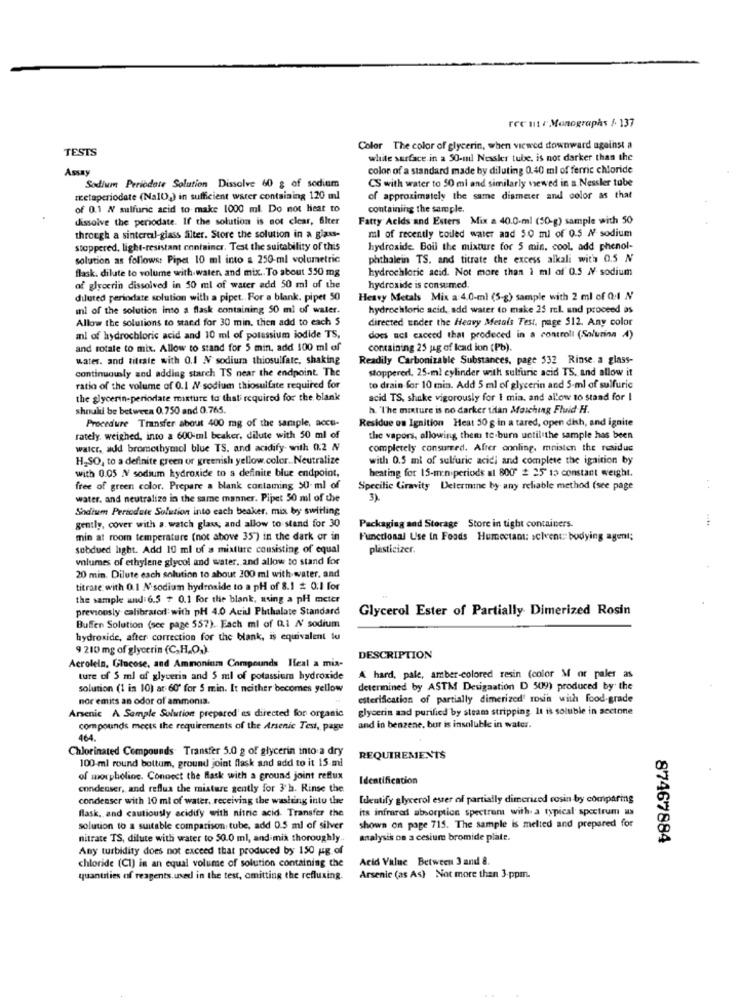
ree ut r Monographs / 137
TESTS
Color The color of glycerin, when viewed downward against a
white surface in a 50-mil Nessler tube, is not darker than the
Amay
colon of a standard made by diluting 0.40 ml of ferric chloride
CS with water to 50 ml and similarly wsewed in a Nessler tube
Sodium Periodate Solution Dissolve 60 g of sodium
metaperiodate (NaIO,) in sufficient water containing 120 ml
of approximately the same diameter and color as that
of 0.1 W sulfuric acid to make 1000 ml. Do not heat to
containing the sample.
dissolve the periodate. If the solution is not clear, filter
Fatty Acids and Esters Mix a 40.0-ml (50-g) sample with 50
through a sinterel-glass filter. Store the solution in a glass-
ml of recently coiled water and 5.0 ml of 0.5 / sodium
stoppered, light-resistant container. Test the suitability of this
hydroxide. Boul the mixture for 5 min. cool, add phenol-
solution as follows: Pipet 10 ml into a 250-ml volumetric
phthalein TS. and titrate the excess alkali with 0.5 N
flask. dilute to volume with water and mix .. To about 550 mg
hydrochloric acid. Not more than i ml of 0.5 MV sodium
af glycerin dissolved in 50 ml of water add 50 ml of the
hydroxide is consumed.
diluted perindate solution with a pipet. For a blank. pipet 50
Heavy Metals Mix a 4.0-ml (5-g) sample with 2 ml of Q.1 N
ml of the solution into a flask containing 50 ml of water.
hydrochloric acid, add water to make 25 r.l. and proceed as
Allow the solutions to stand for 30 min, then add to each $
directed under the Heavy Metals Test, page 512. Any color
ml of hydrochloric acid and 10 ml of potassium iodide TS,
does acl caceed that prodeced in a controll (Solurina A)
and totale to mix. Allow to stand for 5 min, add 100 ml of
containing 25 jag of Icad ion (Pb).
water. and titrate with 0.1 N sodium thiosulfate, shaking
Readily Carbonizable Substances, page 532 Rinse. a glass-
continuously and adding starch TS near the endpoint. The
stoppered. 25-ml cylinder with sulfuric acid TS, and allow it
ratio of the volume of 0.1 / sodium thiosulfate required for
to drain for 10 min. Add 5 ml of glycerin and 5-ml of sulfuric
the glycerin-periodate mixture to that required for the blank
acid TS, shake vigorously for 1 mia, and allow to stand for I
should be between 0.750 and 0.765.
h. The mixture is no darker titan Masching Fluid H.
Residue on Ignition Heat 50 g in a tared, open dish, and ignite
Procedure Transfer about 400 mg of the sample, accu-
rately, weighed, into a 600-ml beaker, dilute with 50 ml of
the vapors, allowing them to burn until the sample has been
walcr, add bromethymol blue TS. and acidify- with 0.2 N
completely consumed. After cooling, mnisten the residus
H.SO, to a definite green or greenish yellow.color .. Neutralize
with 0.5 ml of sulfuric acidi and complete the ignition by
heating for 15-men periods al 800" # 25" 15 constant weight.
with 0.05 NV sodium hydroxide to a definite blue endpoint,
free of green color. Prepare a blank contaming 50- ml of
Specific Gravity Determine by any reliable method (see page
. .
water, and neutralize in the same manner. Pipet 50 ml of the
3)
Sodium Periodate Solution into each beaker, mix by swirling
gently, cover with a. watch glass, and allow to stand for 30
....
Packaging and Storage Store in tight containers.
min at room temperature (not above 35) in the dark or in
Functional Use in Foods Humectant: selvens: bodying agent;
subdued light. Add 10 ml of a mixture consisting of equal
plasticizer.
volumes of ethylene glycol and water, and allow to stand for
20 min. Dilute each solution to about 200 ml with water, and
titrate with 0.1 N'sodium hydroxide to a pH of 8.1 # 0.1 for
the sample and 6.5 + 0.1 For the blank, using a pH meter
previously calibrated: with pH 4.0 Acid Phthalate Standard
Glycerol Ester of Partially Dimerized Rosin
Buffer Solution (see page 557). Each ml of 0.1 / sodium
hydroxide, after correction for the blank, is equivalent to
9 210 mg of glycerin (C.H.O.).
Acrolela, Glucose, and Ammonium Compounds Heal a mia-
DESCRIPTION
ture of 5 ml of glycerin and 5 ml of potassium hydroxide
A hard, pale, amber-colored resin (color M or paler as
solution (1 in 10) at 60' for 5 min. It neither becomes yellow
determined by ASTM Desigaation D 509) produced by the
nor emits an odor of ammonia.
esterification of partially dimerized' rosin with food-grade
Arsenic A Sample Solution prepared' es directed for organic
glycerin aad purified by steam stripping. It is soluble in sectone
compounds meets the requirements of the Arsenic Test, page
and in benzene, bor is insoluble in water.
464.
Chlorinated Compounds Transfer 5.0 g of glycerin into a dry
100 ml round bottum, ground joint flask and add to it 15 mi
REQUIREMENTS
of morpholine. Connect the Blask with a ground joint reflux
Identification
condenser, and reflua the misture gently for 3'h. Rinse the
condenser with 10 ml of water, receiving the washing into the
Identify glycerol ester of partially dimerized rosin by comparing
flask, and cautiously acidify with nitric acid Transfer the
its infrared absorption spectrum with. a typical spectrum us
solution to a suitable comparison tube, add 0.5 ml of silver
shown on page 715. The sample is melted and prepared for
nitrate TS, dilute with water to 50.0 ml, and mix thoroughly.
analysis on a cesium bromide plate.
87467884
Any turbidity does not exceed that produced by 150 ug of
Acid Value Between 3 and 8.
chloride (C1) in an equal volume of solution containing the
quantities of reagents.used in the test, omitting the refluxing.
Arsenic (as As) Not more than 3.ppm.